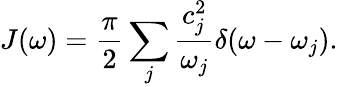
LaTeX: J(\omega)=\frac{\pi}{2}\sum_{j}\frac{c_{j}^{2}}{\omega_{j}}\delta(\omega-\omega_{j}).